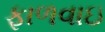
ફાળવાઇ